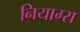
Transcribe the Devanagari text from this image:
नियाग्‍रा